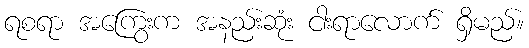
ရစရာ အကြွေးက အနည်းဆုံး ငါးရာလောက် ရှိမည်။